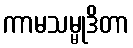
ကာမသမ္မုဒိတာ